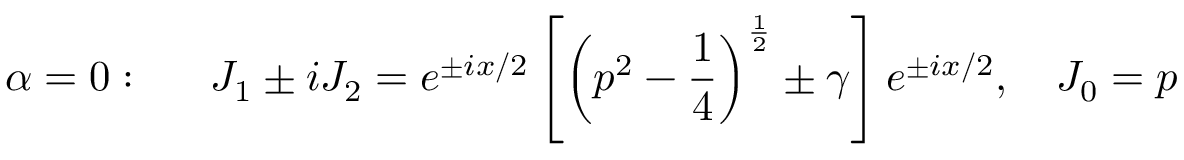
\alpha = 0 : \quad \, \, \, J _ { 1 } \pm i J _ { 2 } = e ^ { \pm i x / 2 } \left[ \left( p ^ { 2 } - \frac 1 4 \right) ^ { \frac 1 2 } \pm \gamma \right] e ^ { \pm i x / 2 } , \quad J _ { 0 } = p